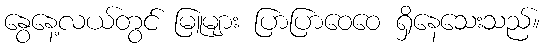
နွေနေ့လယ်တွင် မြူများ ပြာပြာဝေဝေ ရှိနေသေးသည်။